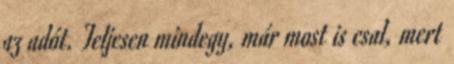
az adót. Teljesen mindegy, már most is csal, mert